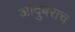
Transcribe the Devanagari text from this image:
औदुंबराच